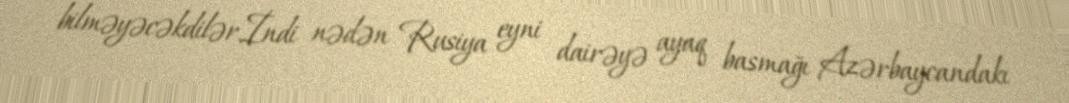
bilməyəcəkdilər.İndi nədən Rusiya eyni dairəyə ayaq basmağı Azərbaycandakı